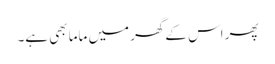
پھر اس کے گھر میں ماما بھی ہے۔